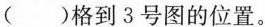
( )格到3号图的位置。